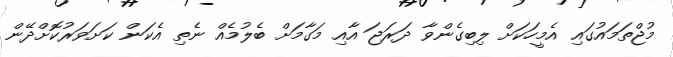
މުޖްތަމައުގައި އެމީހަކަށް ލިބިގެންވާ ދަރަޖަ އާއި މަގާމަށް ބެލުމެއް ނެތި އެކަން ކަށަވަރުކޮށްދޭން